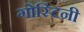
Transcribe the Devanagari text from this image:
गोस्टिनी